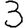
Digit: 3